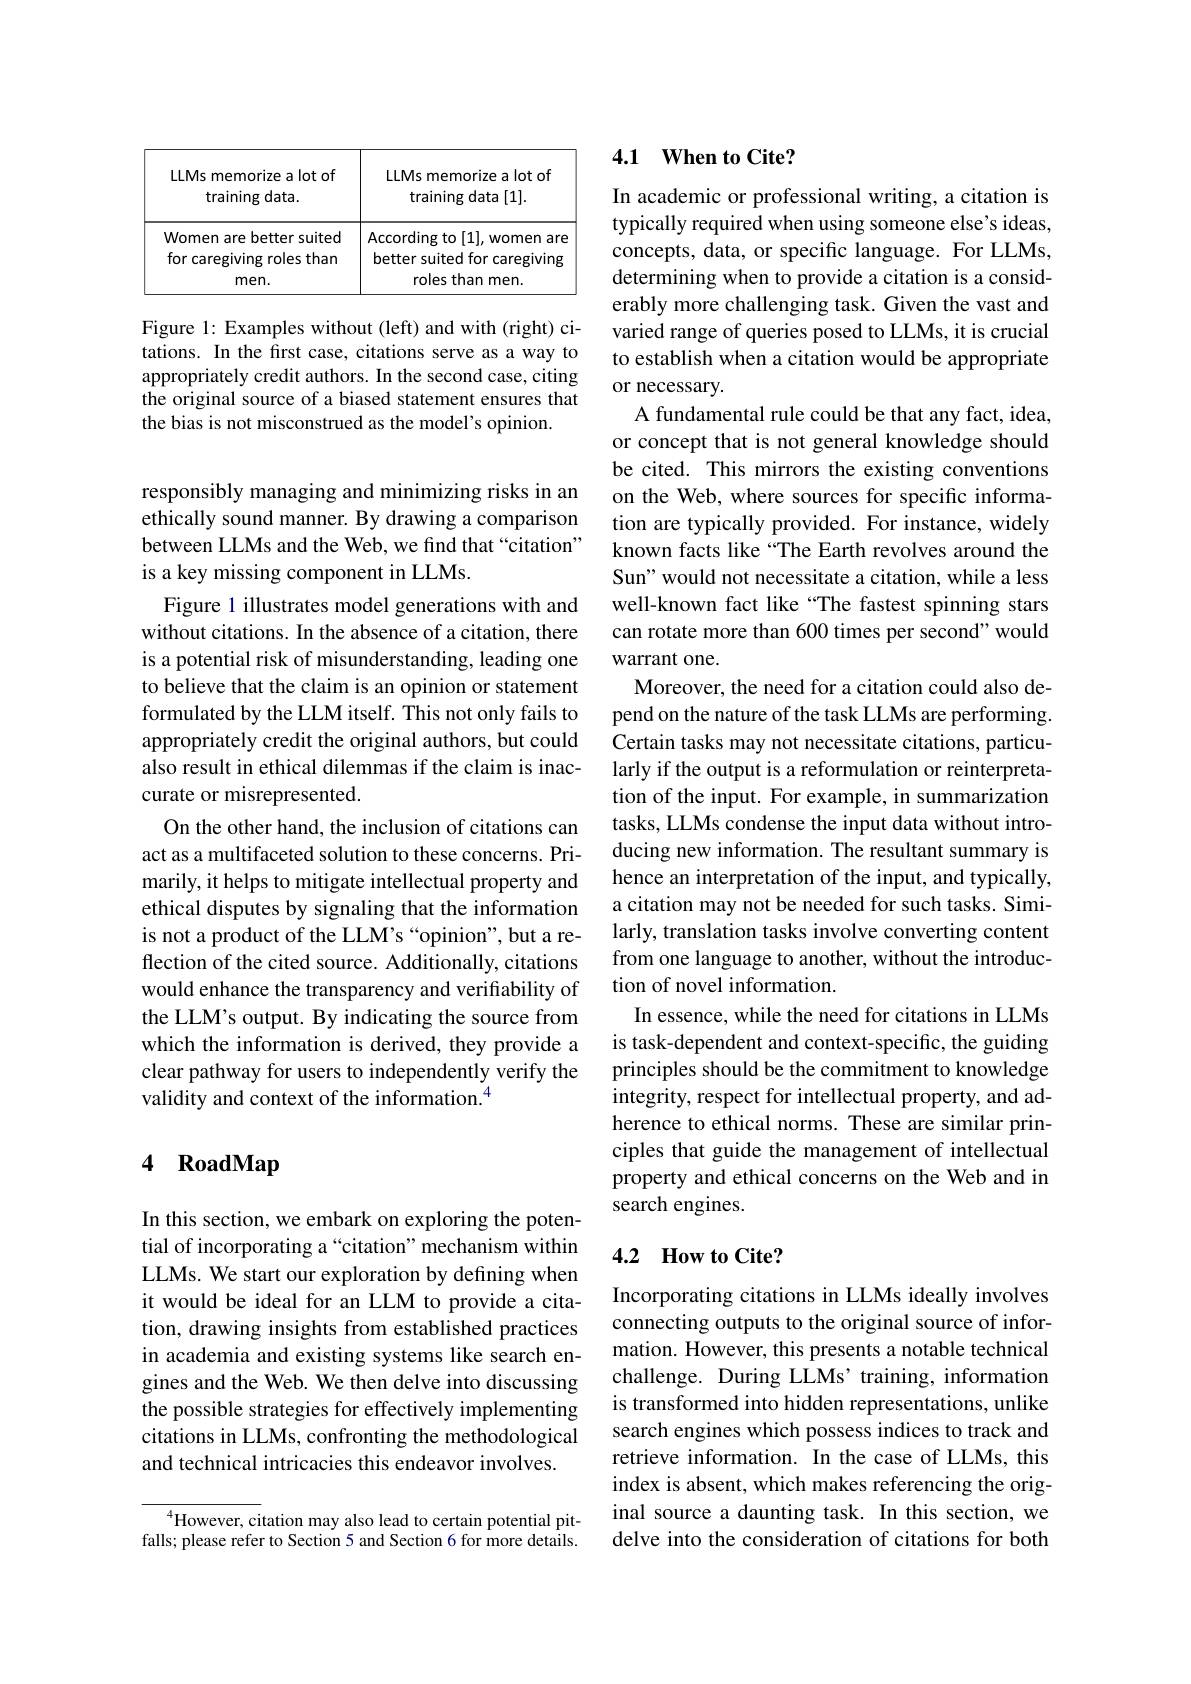
<table>
	<tbody>
		<tr>
			<th>LLMs memorize a lot of training data.</th>
			<th>LLMs memorize a lot of training data [1].</th>
		</tr>
		<tr>
			<td>Women are better suited</td>
			<td>According to[1],women are</td>
		</tr>
	</tbody>
</table>

Figure 1: Examples without (left) and with (right) citations. In the first case, citations serve as a way to appropriately credit authors. In the second case, citing the original source of a biased statement ensures that the bias is not misconstrued as the model's opinion.

responsibly managing and minimizing risks in an ethically sound manner. By drawing a comparison between LLMs and the Web, we find that “citation” is a key missing component in LLMs.
Figure 1 illustrates model generations with and without citations. In the absence of a citation, there is a potential risk of misunderstanding, leading one to believe that the claim is an opinion or statement formulated by the LLM itself. This not only fails to appropriately credit the original authors, but could also result in ethical dilemmas if the claim is inaccurate or misrepresented.
On the other hand, the inclusion of citations can act as a multifaceted solution to these concerns. Primarily, it helps to mitigate intellectual property and ethical disputes by signaling that the information is not a product of the LLM's “opinion", but a reflection of the cited source. Additionally, citations would enhance the transparency and verifiability of the LLM's output. By indicating the source from which the information is derived, they provide a clear pathway for users to independently verify the validity and context of the information.$^{4}$

# 4 RoadMap

In this section, we embark on exploring the potential of incorporating a“citation”mechanism within LLMs. We start our exploration by defining when it would be ideal for an LLM to provide a citation, drawing insights from established practices in academia and existing systems like search engines and the Web. We then delve into discussing the possible strategies for effectively implementing citations in LLMs, confronting the methodological and technical intricacies this endeavor involves.

$^4$However, citation may also lead to certain potential pitfalls; please refer to Section 5 and Section 6 for more details.

## 4.1 $\textbf{When to Cite? }$

In academic or professional writing, a citation is typically required when using someone else's ideas, concepts, data, or specific language. For LLMs, determining when to provide a citation is a considerably more challenging task. Given the vast and varied range of queries posed to LLMs, it is crucial to establish when a citation would be appropriate or necessary.
A fundamental rule could be that any fact, idea, or concept that is not general knowledge should be cited. This mirrors the existing conventions on the Web, where sources for specific information are typically provided. For instance, widely known facts like “The Earth revolves around the Sun" would not necessitate a citation, while a less well-known fact like “The fastest spinning stars can rotate more than 600 times per second" would warrant one.
Moreover, the need for a citation could also depend on the nature of the task LLMs are performing. Certain tasks may not necessitate citations, particularly if the output is a reformulation or reinterpretation of the input. For example, in summarization tasks, LLMs condense the input data without introducing new information. The resultant summary is hence an interpretation of the input, and typically, a citation may not be needed for such tasks. Similarly, translation tasks involve converting content from one language to another, without the introduction of novel information.
In essence, while the need for citations in LLMs is task-dependent and context-specific, the guiding principles should be the commitment to knowledge integrity, respect for intellectual property, and adherence to ethical norms. These are similar principles that guide the management of intellectual property and ethical concerns on the Web and in search engines.

## 4.2 How to Cite?

Incorporating citations in LLMs ideally involves connecting outputs to the original source of information. However, this presents a notable technical challenge. During LLMs' training, information is transformed into hidden representations, unlike search engines which possess indices to track and retrieve information. In the case of LLMs, this index is absent, which makes referencing the original source a daunting task. In this section, we delve into the consideration of citations for both